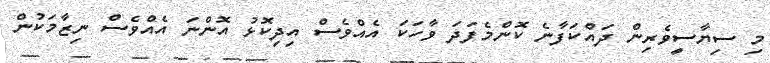
މި ސިޔާސީވެރިން ދައްކަފާނެ ކޮންމެފަދަ ވާހަކަ އެއްވެސް އިދިކޮޅު އޮންނަ އެއްވެސް ނިޒާމަކުން